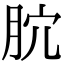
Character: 𣍥